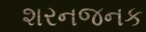
શરનજનક